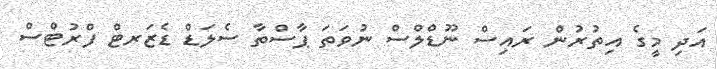
އަދި މީގެ އިތުރުން ރައިސް ނޫޑްލްސް ނުވަތަ ޕާސްތާ ސެލަޑް ޑެޒަރޓް ފްރުޓްސް